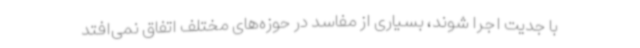
با جدیت اجرا شوند، بسیاری از مفاسد در حوزه‌های مختلف اتفاق نمی‌افتد